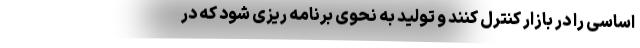
اساسی را در بازار کنترل کنند و تولید به نحوی برنامه ریزی شود که در